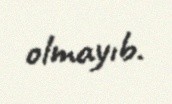
olmayıb.